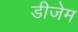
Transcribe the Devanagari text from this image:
डीजेम